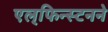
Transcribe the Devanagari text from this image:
एल्‌फिन्स्टनने